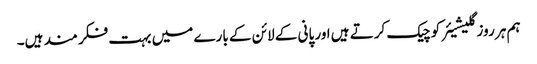
ہم ہر روز گلیشیئر کو چیک کرتے ہیں اور پانی کے لائن کے بارے میں بہت فکر مند ہیں۔